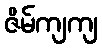
ဇိမ်ကျကျ